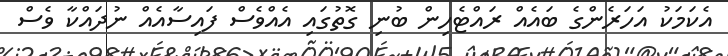
އެކަމަކު އަހަރެންގެ ބައެއް ރައްޓެހިން ބުނި ގޮތުގައި އެއްވެސް ފައިސާއެއް ނުދައްކާ ވެސް